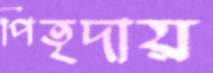
পিতৃদায়